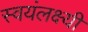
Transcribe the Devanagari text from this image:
स्वयंलक्ष्यी